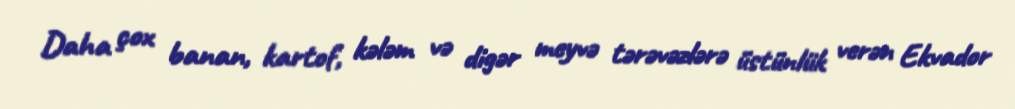
Daha çox banan, kartof, kələm və digər meyvə tərəvəzlərə üstünlük verən Ekvador